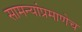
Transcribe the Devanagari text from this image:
सामन्यांप्रमाणेच